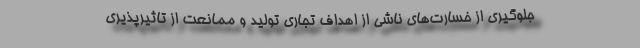
جلوگیری از خسارت‌های ناشی از اهداف تجاری تولید و ممانعت از تاثیرپذیری